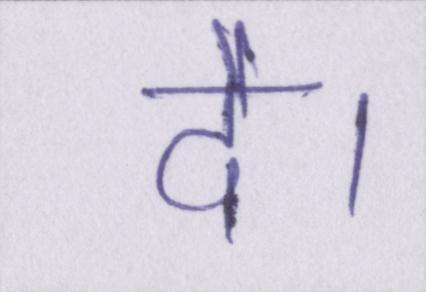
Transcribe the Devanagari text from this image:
दे।